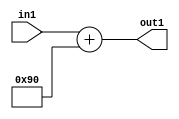
`timescale 1ps / 1ps
/*****************************************************************************
    Verilog RTL Description
    
    
    Created by: Stratus DpOpt 2019.1.01 
*******************************************************************************/

module DC_Filter_Add_12U_259_4 (
	in1,
	out1
	); /* architecture "behavioural" */ 
input [11:0] in1;
output [11:0] out1;
wire [11:0] asc001;

assign asc001 = 
	+(in1)
	+(12'B000010010000);

assign out1 = asc001;
endmodule

/* CADENCE  urj5QwE= : u9/ySgnWtBlWxVPRXgAZ4Og= ** DO NOT EDIT THIS LINE ******/